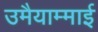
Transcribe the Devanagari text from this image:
उमैयाम्माई